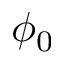
\phi _ { 0 }